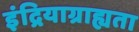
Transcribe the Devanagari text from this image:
इंद्रियाग्राह्यता